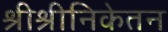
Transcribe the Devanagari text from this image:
श्रीश्रीनिकेतन